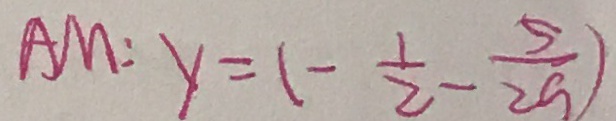
A M : y = ( - \frac { 1 } { 2 } - \frac { 5 } { 2 9 } )